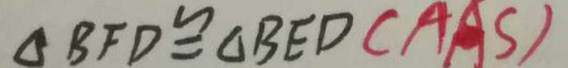
\Delta B F D \cong \Delta B E D ( A A S )